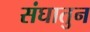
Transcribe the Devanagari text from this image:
संघातुन